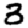
Digit: 3